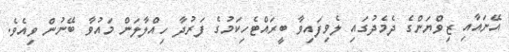
އޭނައާއި ޒިވްޔަންގެ ދެމެދުގައި ލެވިފައިވާ ބީރައްޓެހިކަމުގެ ފަރުދާ ހިއްލާލަން މައުވާ ބޭނުން ވިއެވެ.